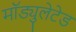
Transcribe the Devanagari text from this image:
मॉड्युलेटेड